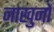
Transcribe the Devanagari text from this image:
नाखुनों